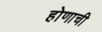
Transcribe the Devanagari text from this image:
होणाची